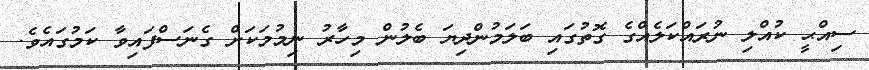
ސިއްޙީ ކުއްލި ނުރައްކަލެއްގެ ގޮތުގައި ބަލަމުންދިޔަ ބެލުން މިހާރު ނިމުމަކަށް ގެނަސްފައިވާ ކަމުގައެވެ.